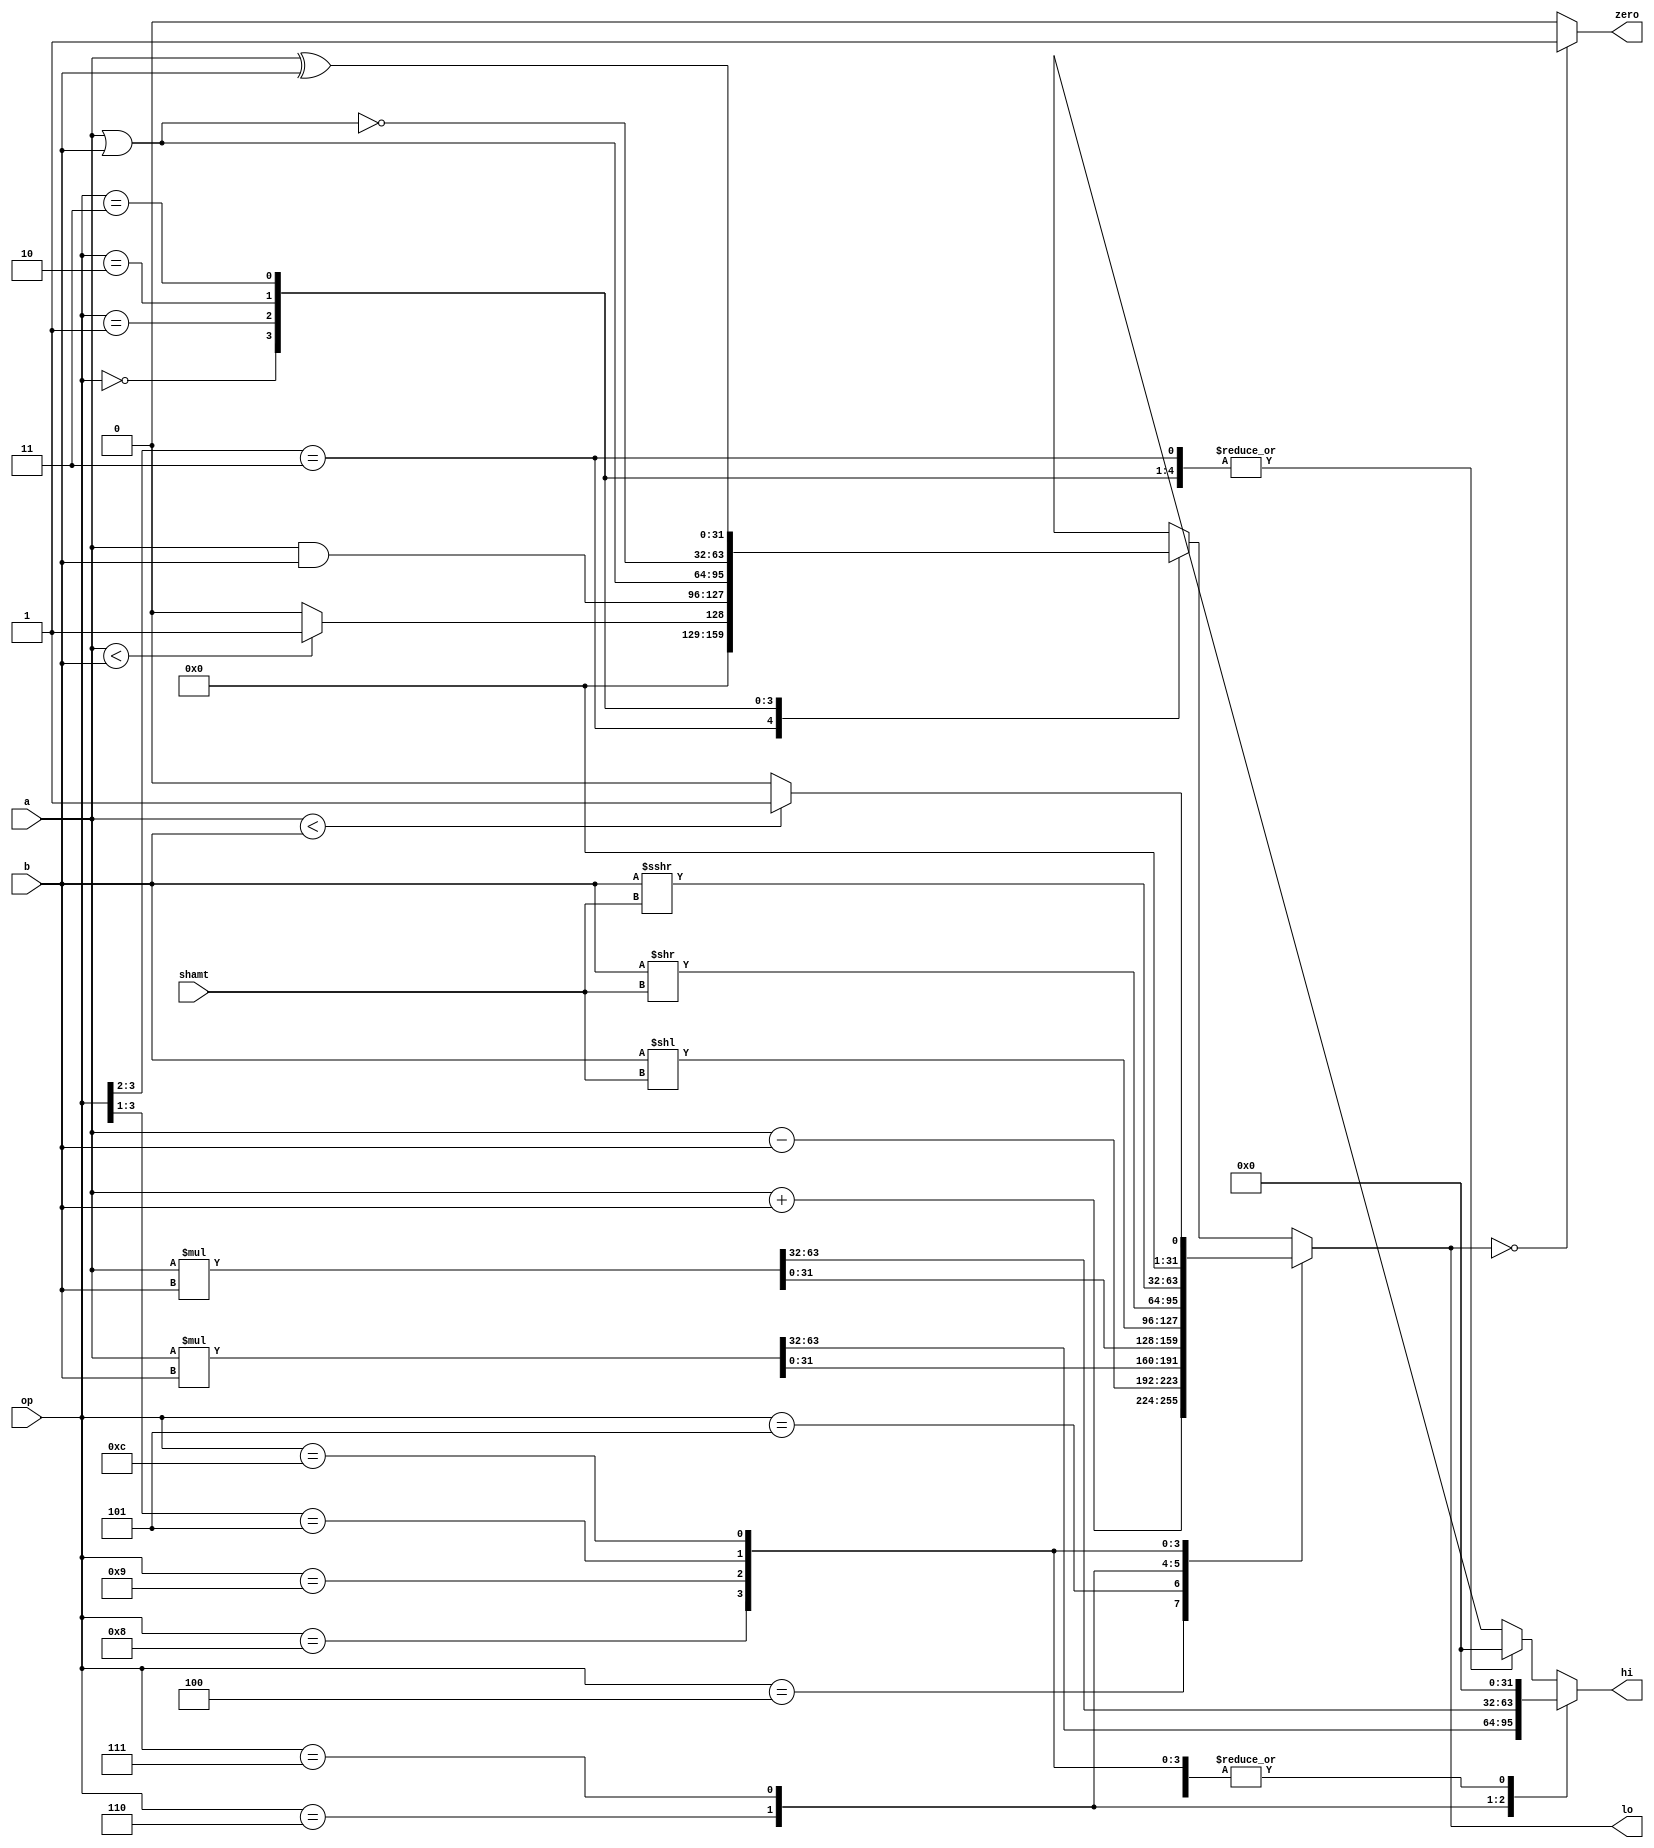
module alu(input [31:0] a, b, input [3:0] op, input [4:0] shamt,
           output reg [31:0] hi, lo, output zero);

    always @(*) begin
        hi = 32'b0;
        lo = 32'b0;

        casez (op)
            // arithmetic operations
            4'b01_00: lo = a + b; // add
            4'b01_01: lo = a - b; // subtract
            4'b01_10: begin
                {hi, lo} = $signed(a) * $signed(b); // multiply signed
            end
            4'b01_11: begin // multiply unsigned
                {hi, lo} = a * b;
            end

            4'b10_00: lo = b << shamt; // sll
            4'b10_01: lo = b >> shamt; // srl
            4'b10_1?: lo = $signed(b) >>> shamt; //sra

            // comparison operations
            4'b11_00: // slt
                if ($signed(a) < $signed(b))
                    lo = 32'b1;
                else
                    lo = 32'b0;
            4'b11_??: // sltu
                if ($unsigned(a) < $unsigned(b))
                    lo = 32'b1;
                else
                    lo = 32'b0;

            4'b00_00: lo = a & b; // and
            4'b00_01: lo = a | b; // or
            4'b00_10: lo = ~(a | b); // nor
            4'b00_11: lo = a ^ b; // xor
        endcase
    end

    assign zero = (lo == 32'b0) ?  1'b1 : 1'b0;
endmodule